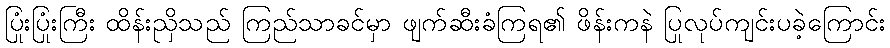
ပြုံးပြုံးကြီး ထိန်းညှိသည် ကြည်သာခင်မှာ ဖျက်ဆီးခံကြရ၏ ဖိန်းကနဲ ပြုလုပ်ကျင်းပခဲ့ကြောင်း